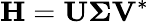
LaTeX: \mathbf{H}=\mathbf{U}\boldsymbol{\Sigma}\mathbf{V}^{*}